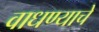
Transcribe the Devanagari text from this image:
वाधण्याचे